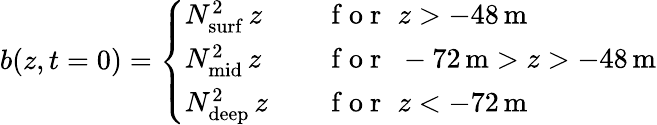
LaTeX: b(z,t=0)=\left\{ \begin{array}{ll}{N_{\mathrm{surf}}^{2}\, z}&{\quad\mathrm{~f~o~r~}\, \, z>-48\, \textrm{m}}\\ {N_{\mathrm{mid}}^{2}\, z}&{\quad\mathrm{~f~o~r~}\, \, -72\, \textrm{m}>z>-48\, \textrm{m}}\\ {N_{\mathrm{deep}}^{2}\, z}&{\quad\mathrm{~f~o~r~}\, \, z<-72\, \textrm{m}}\end{array}\right.